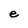
Character: e